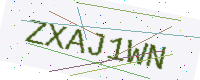
Text: ZXAJ1WN